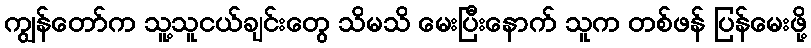
ကျွန်တော်က သူ့သူငယ်ချင်းတွေ သိမသိ မေးပြီးနောက် သူက တစ်ဖန် ပြန်မေးဖို့